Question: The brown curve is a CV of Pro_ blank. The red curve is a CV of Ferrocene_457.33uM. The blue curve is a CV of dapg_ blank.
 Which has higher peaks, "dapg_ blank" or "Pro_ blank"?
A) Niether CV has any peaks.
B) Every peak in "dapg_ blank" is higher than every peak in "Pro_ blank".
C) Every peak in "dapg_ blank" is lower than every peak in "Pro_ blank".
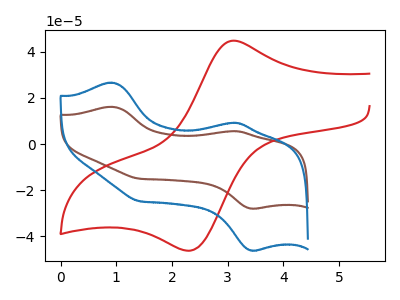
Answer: <think>The brown curve "Pro_ blank" has anodic peaks at (0.90V, 16.15uA) (3.15V, 5.60uA) and cathodic peaks at (3.45V, -28.05uA) (1.40V, -15.05uA). The red curve "Ferrocene_457.33uM" has an anodic peak at (3.10V, 44.90uA) and a cathodic peak at (2.30V, -46.40uA). The blue curve "dapg_ blank" has anodic peaks at (0.90V, 26.65uA) (3.15V, 9.25uA) and cathodic peaks at (3.45V, -46.25uA) (1.40V, -24.85uA).</think>
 <answer>B) Every peak in "dapg_ blank" is higher than every peak in "Pro_ blank".</answer>
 <eval>B</eval>